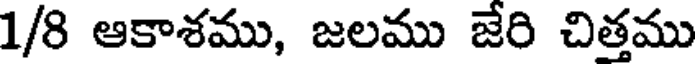
1/8 ఆకాశము, జలము జేరి చిత్తము